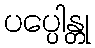
ပပ္ပေါန္တု